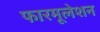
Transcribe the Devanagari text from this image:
फारमूलेशन